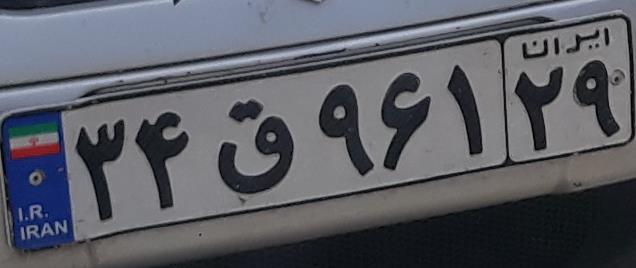
۳۴ق۹۶۱۲۹